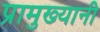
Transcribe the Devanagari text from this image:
प्रामुख्यानी